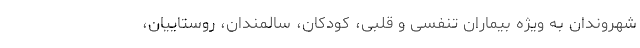
شهروندان به ویژه بیماران تنفسی و قلبی، کودکان، سالمندان، روستاییان،